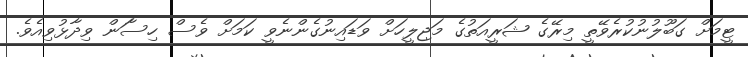
ޓީމަށް ގަބޫލުނުކުރެވޭތީ މިރޭގެ ޝަރީއަތުގެ މަޖިލީހަށް ވަޑައިނުގެންނެވީ ކަމަށް ވެސް ހިސާަން ވިދާޅުވިއެވެ.